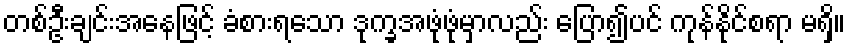
တစ်ဦးချင်းအနေဖြင့် ခံစားရသော ဒုက္ခအဖုံဖုံမှာလည်း ပြော၍ပင် ကုန်နိုင်စရာ မရှိ။